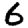
Digit: 6